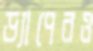
ড্যাপেরও